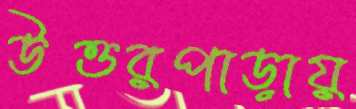
উত্তরপাড়ায়